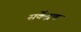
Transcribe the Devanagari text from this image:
सकेंद्रण